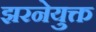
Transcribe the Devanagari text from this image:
झरनेयुक्त